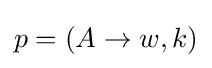
p=(A\to w,k)